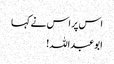
اس پر اس نے کہا
ابوعبداللہ!